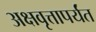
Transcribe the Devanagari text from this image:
अक्षवृत्तापर्यंत